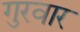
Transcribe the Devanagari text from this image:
गुरवार